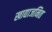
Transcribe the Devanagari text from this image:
खाद्याजनित